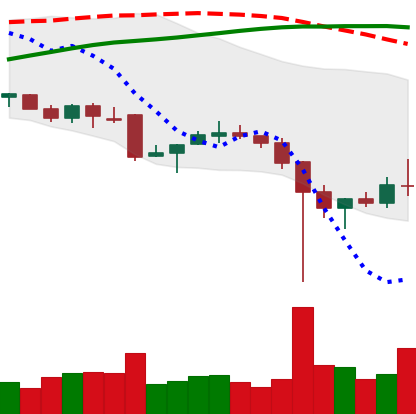
Ticker: XRP-USD
Chart end date: 2021-12-09
Forward return: -7.55%
Label: down_7plus